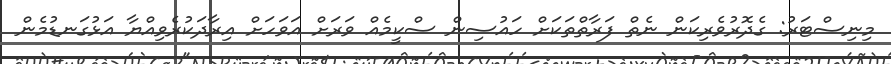
މިނިސްޓަރު: ގެދޮރުވެރިކަން ނެތް ފަރާތްތަކަށް ހައުސިން ސްކީމެއް ވަރަށް އަވަހަށް އިރާދަކުރެވިއްޔާ އަޅުގަނޑުމެން